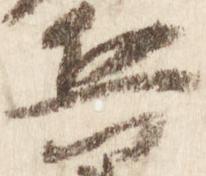
兵